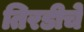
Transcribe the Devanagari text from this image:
तिरडीचे